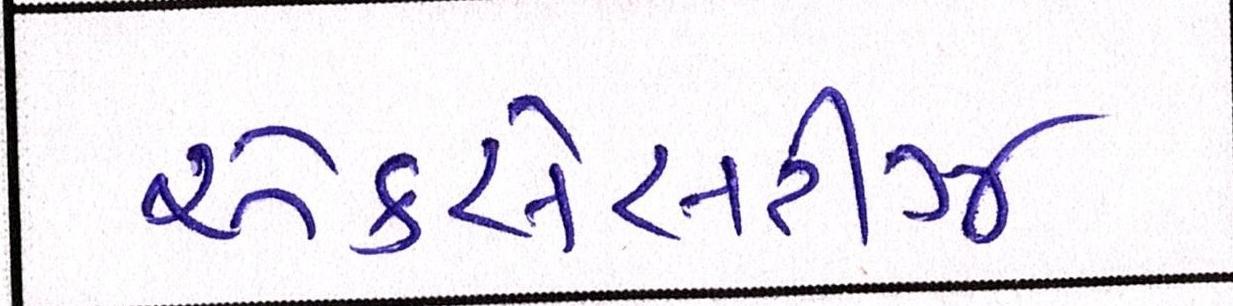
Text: એકસેસરીઝ